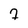
Character: 7